Account of plague administration in the Bombay Presidency from September 1896 till May 1897
Year: 1896
Disease focus: Plague
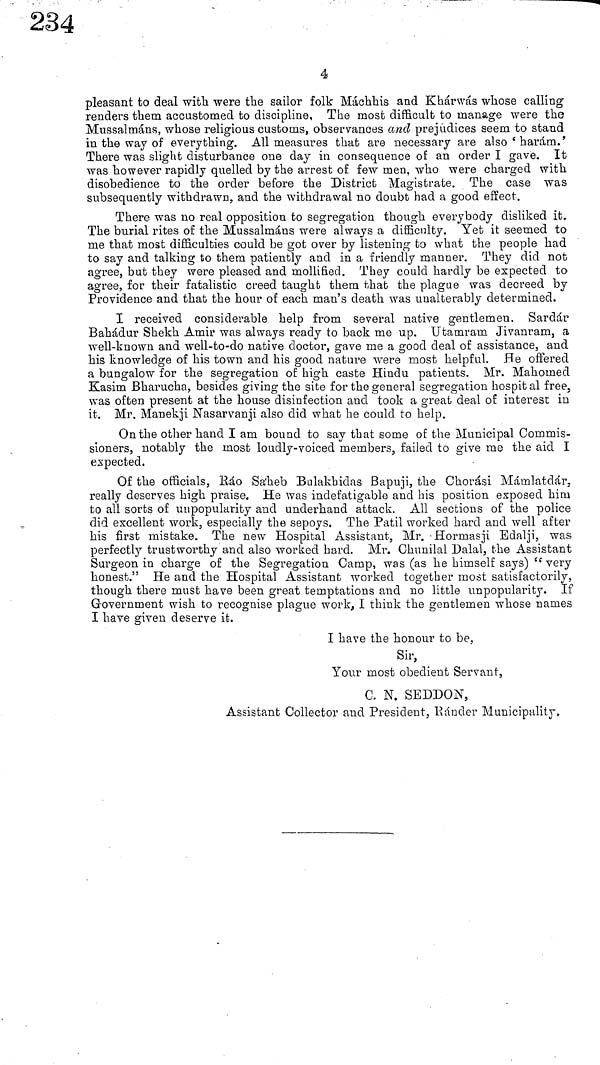
4
pleasant to deal with were the sailor folk Máchhis and Khar was whose calling
renders them accustomed to discipline, The most difficult to manage were the
Mussalmáns, whose religious customs, observances and prejudices seem to stand
in the way of everything. All measures that are necessary are also ' haram.'
There was slight disturbance one day in consequence of an order I gave. It
was however rapidly quelled by the arrest of few men, who were charged with
disobedience to the order before the District Magistrate. The case was
subsequently withdrawn, and the withdrawal no doubt had a good effect.
There was no real opposition to segregation though everybody disliked it.
The burial rites of the Mussalmáns were always a difficulty. Yet it seemed to
me that most difficulties could be got over by listening to what the people had
to say and talking to them patiently and in a friendly manner. They did not
agree, but they were pleased and mollified. They could hardly be expected to
agree, for their fatalistic creed taught them that the plague was decreed by
Providence and that the hour of each man's death was unalterably determined.
I received considerable help from several native gentlemen. Sardár
Bahádur Shekh Amir was always ready to back me up. Utamram Jivanram, a
well-known and well-to-do native doctor, gave me a good deal of assistance, and
his knowledge of his town and his good nature were most helpful. He offered
a bungalow for the segregation of high caste Hindu patients. Mr. Mahomed
Kasim Bharucha, besides giving the site for the general segregation hospital free,
was often present at the house disinfection and took a great deal of interest in
it. Mr. Manekji Nasarvanji also did what he could to help.
On the other hand I am bound to say that some of the Municipal Commis-
sioners, notably the most loudly-voiced members, failed to give me the aid I
expected.
Of the officials, Ráo Sa'heb Bulakhidas Bapuji, the Chorási Mámlatdár,
really deserves high praise. He was indefatigable and his position exposed him
to all sorts of unpopularity and underhand attack. All sections of the police
did excellent work, especially the sepoys. The Patil worked hard and well after
his first mistake. The new Hospital Assistant, Mr. Hormasji Edalji, was
perfectly trustworthy and also worked hard. Mr. Chunilal Dalal, the Assistant
Surgeon in charge of the Segregation Camp, was (as he himself says) "very
honest." He and the Hospital Assistant worked together most satisfactorily,
though there must have been great temptations and no little unpopularity. If
Government wish to recognise plague work, I think the gentlemen whose names
I have given deserve it.
I have the honour to be,
Sir,
Your most obedient Servant,
0. N. SEDDON,
Assistant Collector and President, Rander Municipality,